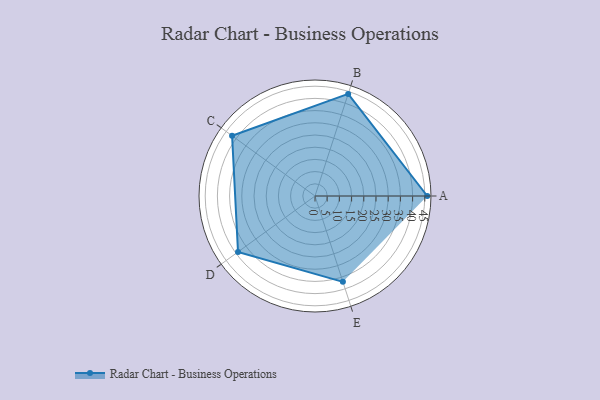
{"axis": {"x": "Skill", "y": "Score"}, "legend": ["Profile"], "data": [{"x": "A", "y": 46.0, "type": "Profile"}, {"x": "B", "y": 44.0, "type": "Profile"}, {"x": "C", "y": 42.0, "type": "Profile"}, {"x": "D", "y": 39.0, "type": "Profile"}, {"x": "E", "y": 37.0, "type": "Profile"}]}